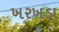
ખરખડા